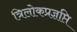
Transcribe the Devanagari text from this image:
त्रिलोकप्रज्ञप्ति